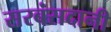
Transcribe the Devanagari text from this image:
सरबंसदानी